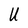
Character: U